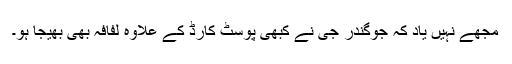
مجھے نہیں یاد کہ جوگندر جی نے کبھی پوسٹ کارڈ کے علاوہ لفافہ بھی بھیجا ہو۔